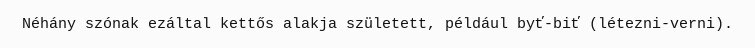
Néhány szónak ezáltal kettős alakja született, például byť-biť (létezni-verni).